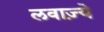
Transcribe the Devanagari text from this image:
लवाज़्ये